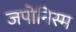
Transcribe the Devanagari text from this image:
जपोनिस्म